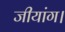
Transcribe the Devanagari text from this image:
जीयांग।